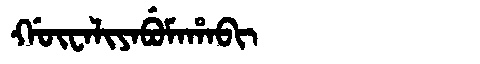
Manchu: ᡤᡡᠸᠠᠯᡳᠶᠠᠪᡠᠮᠠᡥᠠᠪᡳ
Romanization: GŪWALIYABUMAHABI